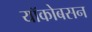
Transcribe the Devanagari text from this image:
यॉकोबसन